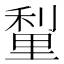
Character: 𮡗